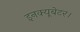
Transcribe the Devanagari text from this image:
इनक्यूबेटर।